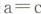
$$a = c$$